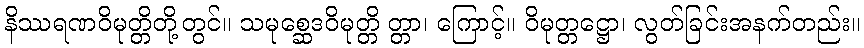
နိဿရဏဝိမုတ္တိတို့တွင်။ သမုစ္ဆေဒဝိမုတ္တိ တ္တာ၊ ကြောင့်။ ဝိမုတ္တဋ္ဌော၊ လွတ်ခြင်းအနက်တည်း။